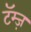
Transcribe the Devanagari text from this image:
टॅम्ज़